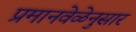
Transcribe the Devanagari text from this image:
प्रमानवेळेनुसार